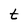
Character: t